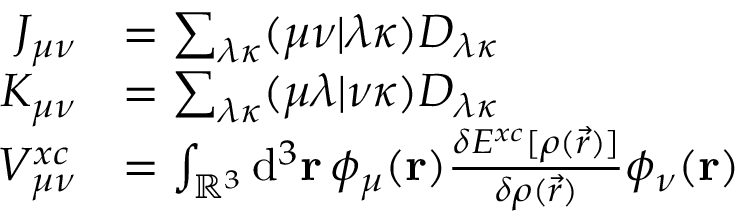
\begin{array} { r l } { J _ { \mu \nu } } & { = \sum _ { \lambda \kappa } ( \mu \nu \vert \lambda \kappa ) D _ { \lambda \kappa } } \\ { K _ { \mu \nu } } & { = \sum _ { \lambda \kappa } ( \mu \lambda \vert \nu \kappa ) D _ { \lambda \kappa } } \\ { V _ { \mu \nu } ^ { x c } } & { = \int _ { \mathbb { R } ^ { 3 } } \mathrm { d } ^ { 3 } \ensuremath \mathbf { r } \, \phi _ { \mu } ( \ensuremath \mathbf { r } ) \frac { \delta E ^ { x c } [ \rho ( \vec { r } ) ] } { \delta \rho ( \vec { r } ) } \phi _ { \nu } ( \ensuremath \mathbf { r } ) } \end{array}